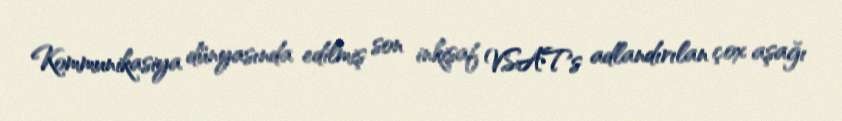
Kommunikasiya dünyasında edilmiş son inkişaf VSATs adlandırılan çox aşağı